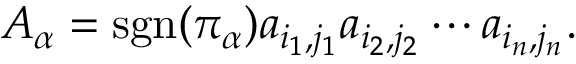
A _ { \alpha } = \operatorname { s g n } ( \pi _ { \alpha } ) a _ { i _ { 1 } , j _ { 1 } } a _ { i _ { 2 } , j _ { 2 } } \cdots a _ { i _ { n } , j _ { n } } .